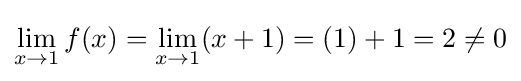
\lim _{x\to 1}f(x)=\lim _{x\to 1}(x+1)=(1)+1=2\neq 0